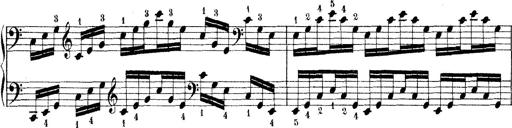
Title: Technische Studien
Composer: Franz Liszt